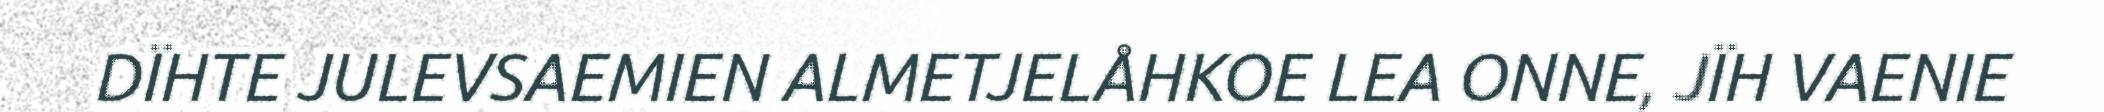
DÏHTE JULEVSAEMIEN ALMETJELÅHKOE LEA ONNE, JÏH VAENIE